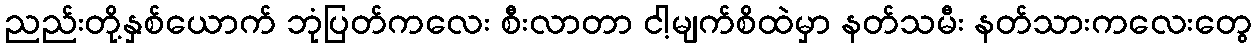
ညည်းတို့နှစ်ယောက် ဘုံပြတ်ကလေး စီးလာတာ ငါ့မျက်စိထဲမှာ နတ်သမီး နတ်သားကလေးတွေ